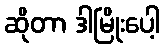
ဆိုတာ ဒါမြိုးပေါ့